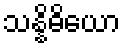
သန္နိဓိယော